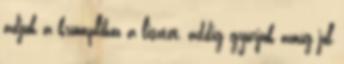
adjuk a krumplihoz a lisztet, addig gyúrjuk amíg jól